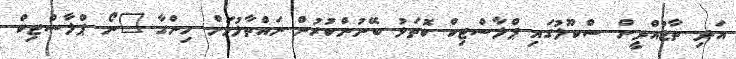
އަދި ތާޖުއްދީން ސްކޫލުގައި ޕްލާސްޓިކް ކޮތަޅު ބޭނުންކުރުން ނައްތާލުމަށް ހިންގާ "ނޯ ޕްލާސްޓިކް